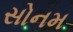
સોનમ